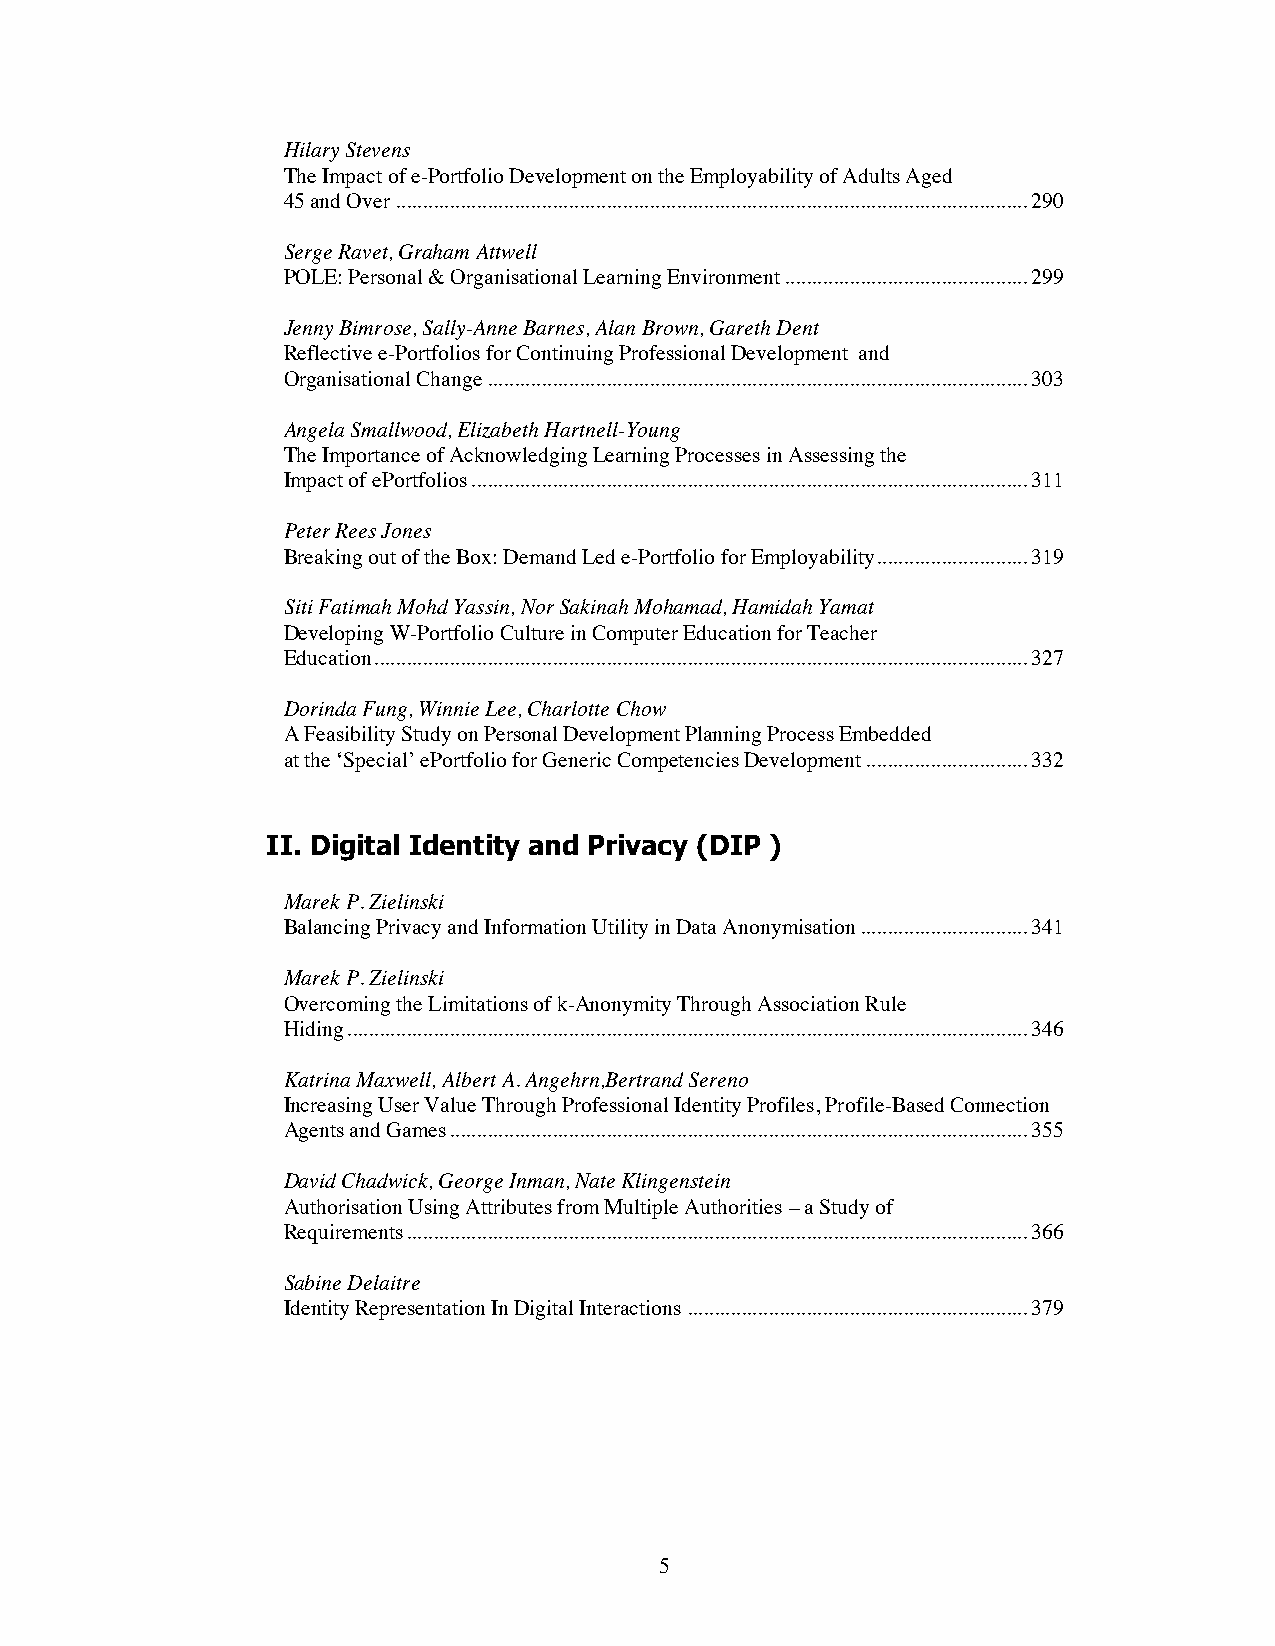
Hilary Stevens
 The Impact of e-Portfolio Development on the Employability of Adults Aged
 45 and Over.....................................................................................................................290
 Serge Ravet, Graham Attwell
 POLE: Personal & Organisational Learning Environment.............................................299
 Jenny Bimrose, Sally-Anne Barnes, Alan Brown, Gareth Dent
 Reflective e-Portfolios for Continuing Professional Development and
 Organisational Change....................................................................................................303
 Angela Smallwood, Elizabeth Hartnell-Young
 The Importance of AcknowledgingLearning Processes in Assessing the
 Impact of ePortfolios.......................................................................................................311
 Peter Rees Jones
 Breaking out of the Box: Demand Led e-Portfolio for Employability............................319
 Siti Fatimah Mohd Yassin, Nor Sakinah Mohamad, Hamidah Yamat
 Developing W-Portfolio Culture in Computer Education for Teacher
 Education.........................................................................................................................327
 Dorinda Fung, Winnie Lee, Charlotte Chow
 A Feasibility Study on Personal Development Planning Process Embedded
 at the ‘Special’ ePortfolio for Generic Competencies Development..............................332
 II. Digital Identity and Privacy (DIP )
 Marek P. Zielinski
 Balancing Privacy and Information Utility in Data Anonymisation...............................341
 Marek P. Zielinski
 Overcoming the Limitations of k-Anonymity Through Association Rule
 Hiding..............................................................................................................................346
 Katrina Maxwell, Albert A. Angehrn,Bertrand Sereno
 Increasing User Value Through Professional Identity Profiles, Profile-Based Connection
 Agents and Games...........................................................................................................355
 David Chadwick, George Inman, Nate Klingenstein
 Authorisation Using Attributes from Multiple Authorities– a Study of
 Requirements...................................................................................................................366
 Sabine Delaitre
 Identity Representation In Digital Interactions...............................................................379
 5